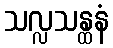
သလ္လသန္ထနံ